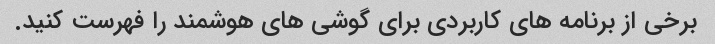
برخی از برنامه های کاربردی برای گوشی های هوشمند را فهرست کنید.